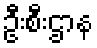
ဦးစီးဌာန